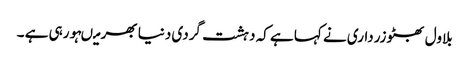
بلاول بھٹوزرداری نے کہا ہے کہ دہشت گردی دنیا بھر میںہورہی ہے ۔